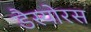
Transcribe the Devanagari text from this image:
डैस्योरस